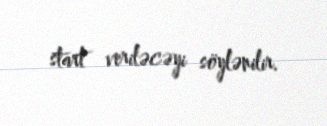
start veriləcəyi söylənilir.